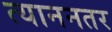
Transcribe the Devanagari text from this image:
त्याननतर